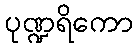
ပုဏ္ဍရိကော